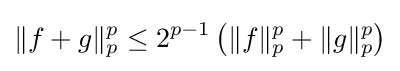
\|f+g\|_{p}^{p}\leq 2^{p-1}\left(\|f\|_{p}^{p}+\|g\|_{p}^{p}\right)